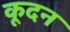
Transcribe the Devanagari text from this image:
कूदन